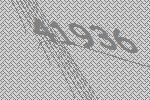
41936